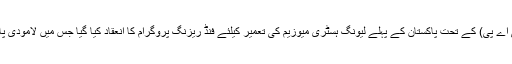
2016ء)سٹیزن آرکائیو آف پاکستان(سی اے پی) کے تحت پاکستان کے پہلے لیونگ ہسٹری میوزیم کی تعمیر کیلئے فنڈ ریزنگ پروگرام کا انعقاد کیا گیا جس میں لامودی پاکستان نے بھی بطور تعاون شرکت کی۔